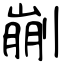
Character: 剻